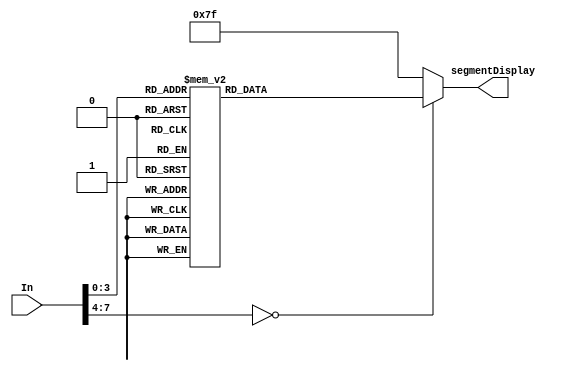
/*!>
*  7 segment decoder module
*
*+ Input +* 
* 4bit In	- Data input 0-9
*
*
*+ Output +* 
*  7bit segmentDisplay - data output to 7segment display
*
*
<!*/
module Decoder7Segment( 
	input [7:0] In,
	output reg [6:0] segmentDisplay
	);
	

always @(In)
	begin
		case (In)
			4'h0: 
				begin
				segmentDisplay <= 7'b1000000;	
				end
			4'h1: 
				begin
				segmentDisplay <= 7'b1111001;
				end
			4'h2: 
				begin
				segmentDisplay <= 7'b0100100; 
				end
			4'h3: 
				begin
				segmentDisplay <= 7'b0110000; 
				end
			4'h4: 
				begin
				segmentDisplay <= 7'b0011001;
				end
			4'h5: 
				begin
				segmentDisplay <= 7'b0010010;
				end
			4'h6: 
				begin
				segmentDisplay <= 7'b0000010;
				end
			4'h7: 
				begin
				segmentDisplay <= 7'b1111000;
				end
			4'h8: 
				begin
				segmentDisplay <= 7'b0000000;
				end
			4'h9: 
				begin
				segmentDisplay <= 7'b0010000;
				end
			default:
				begin
				segmentDisplay <= 7'b1111111;
				end
		endcase
	end
endmodule